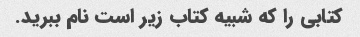
کتابی را که شبیه کتاب زیر است نام ببرید.